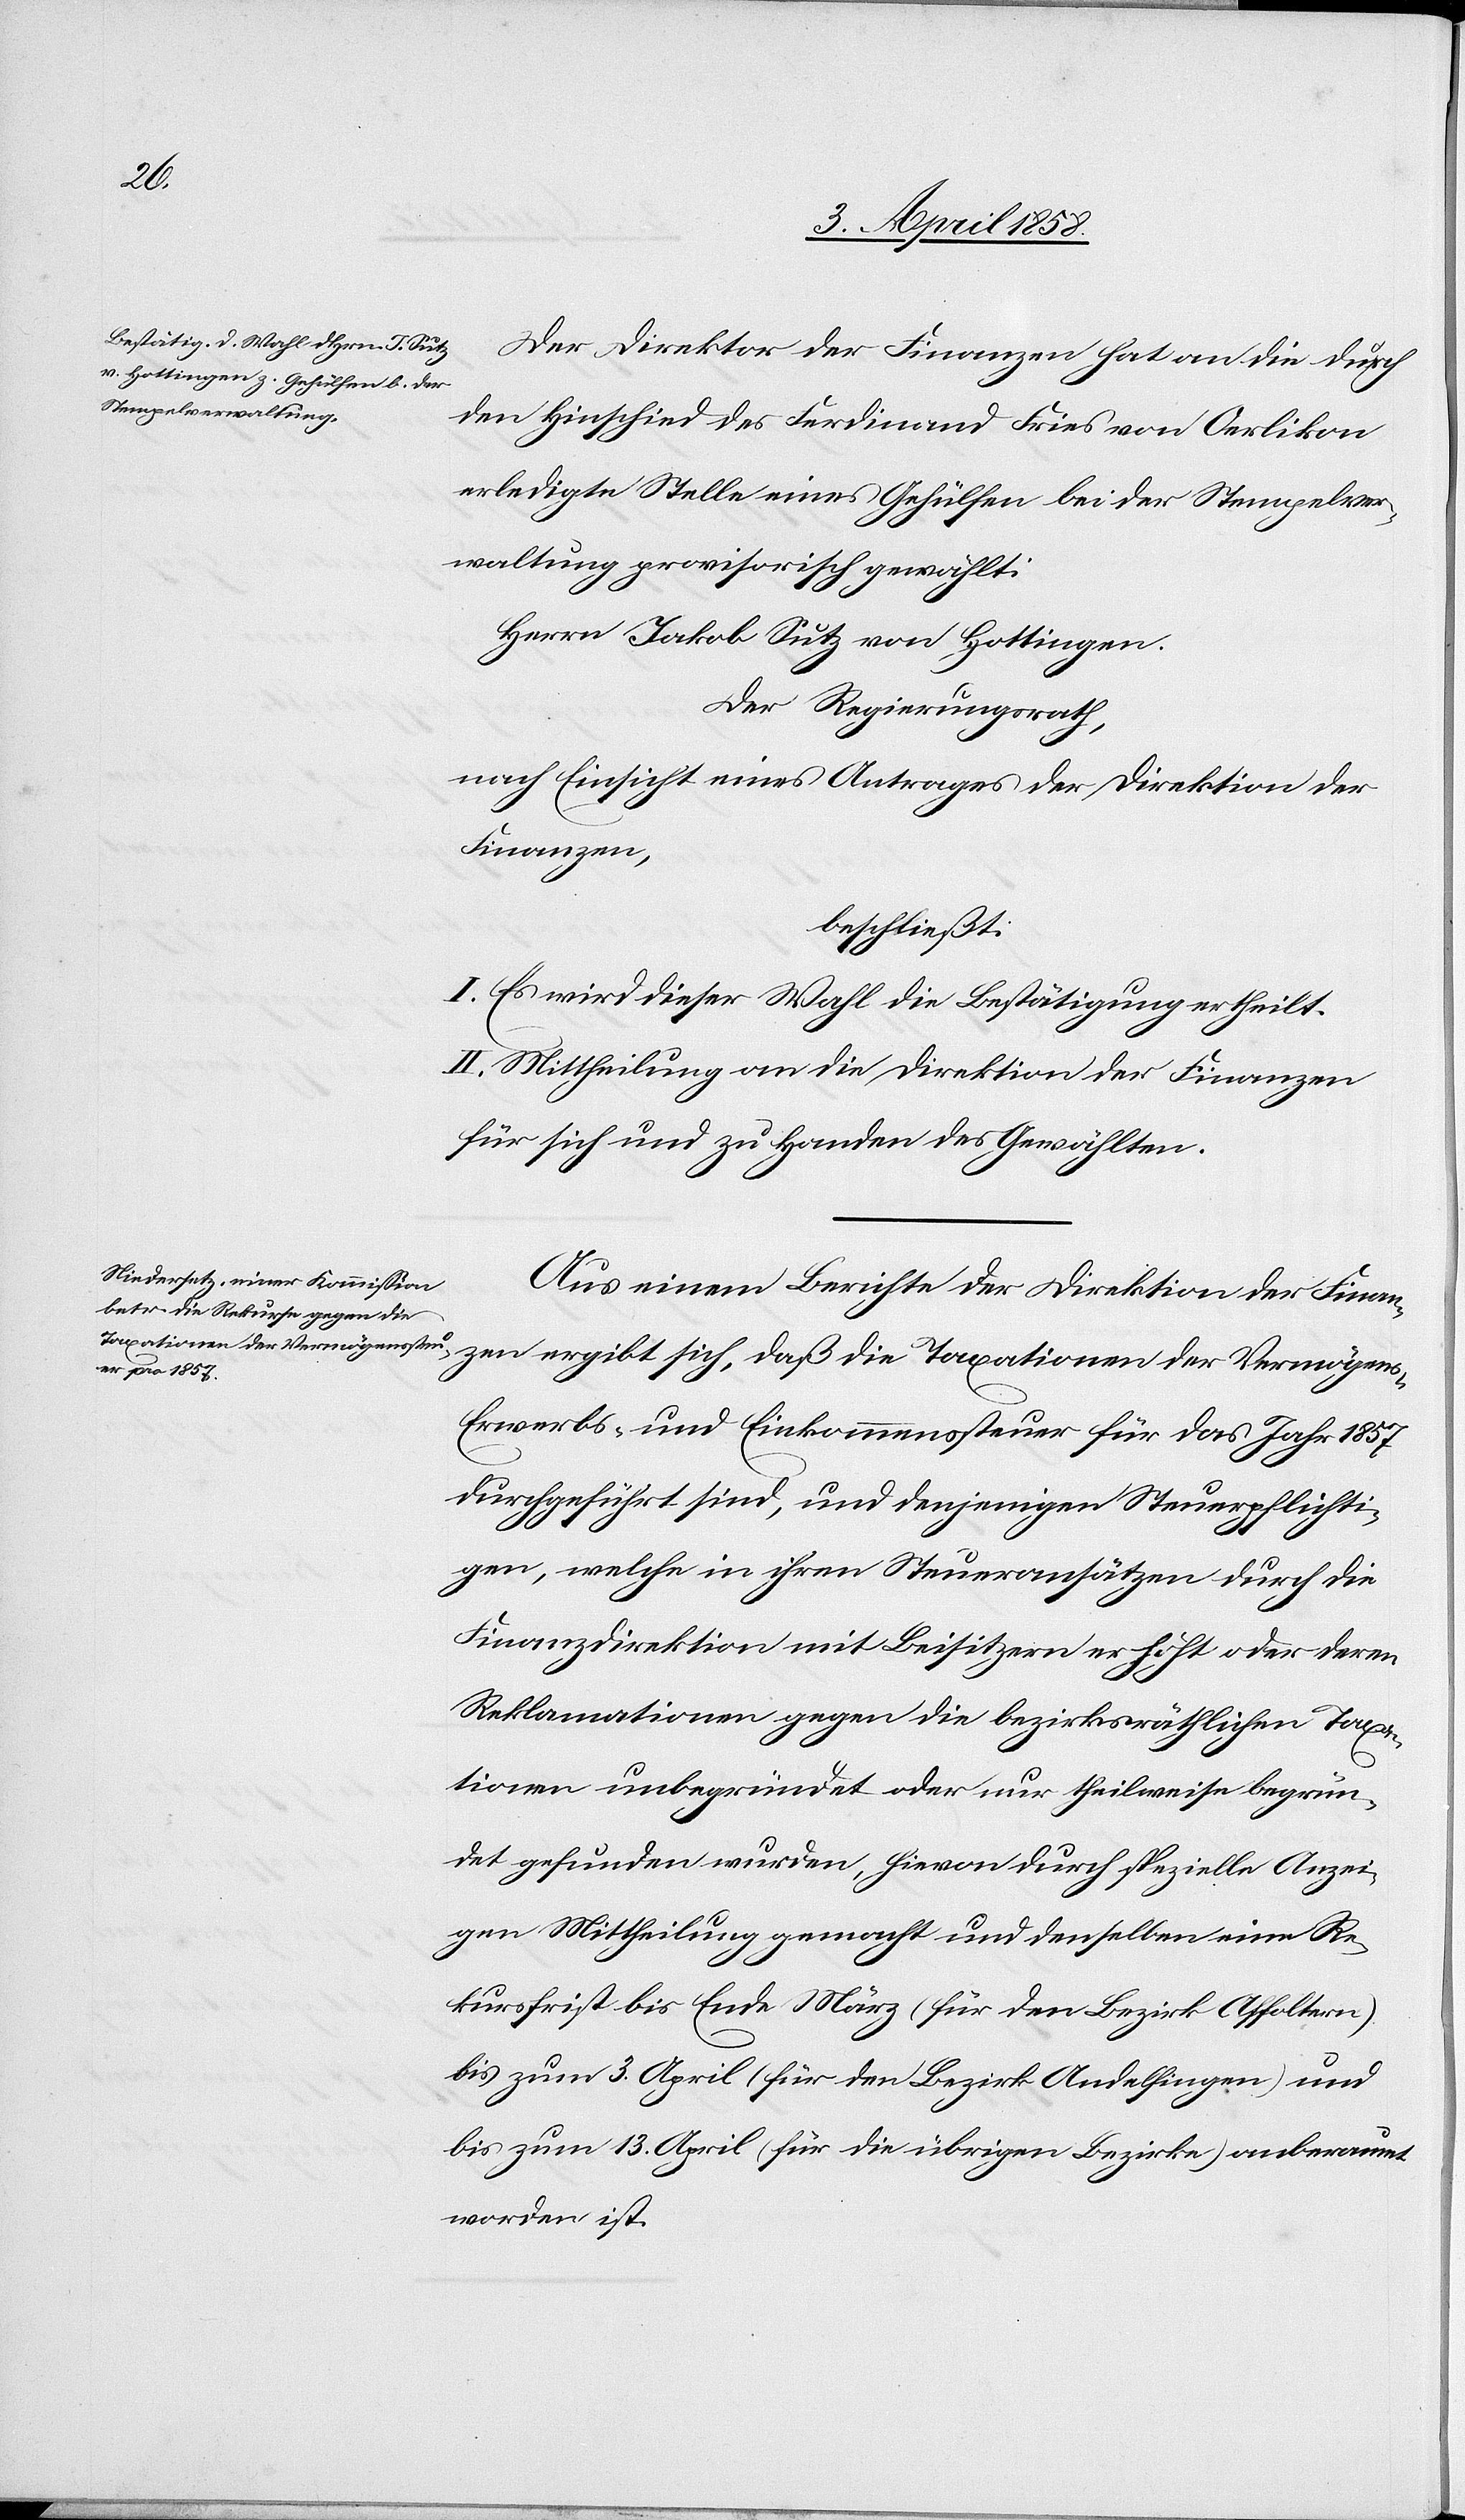
Der Direktor der Finanzen hat an die durch
den Hinschied des Ferdinand Fries von Oerlikon
erledigte Stelle eines Gehülfen bei der Stempelver¬
waltung provisorisch gewählt:
Herrn Jakob Sutz von Hottingen.
Der Regierungsrath,
nach Einsicht eines Antrages der Direktion der
Finanzen,
beschließt:
I. Es wird dieser Wahl die Bestätigung ertheilt.
II. Mittheilung an die Direktion der Finanzen
für sich und zu Handen des Gewählten.
Aus einem Berichte der Direktion der Finanz¬
ens-[,]
Erwerbs- und Einkommenssteuer für das Jahr 1857
durchgeführt sind, und denjenigen Steuerpflichti¬
gen, welche in ihren Steueransätzen durch die
Finanzdirektion mit Beisitzern erhöht oder deren
Reklamationen gegen die bezirksräthlichen Taxa¬
tionen unbegründet oder nur theilweise begrün¬
det gefunden wurden, hievon durch spezielle Anzei¬
gen Mittheilung gemacht und denselben eine Re¬
kursfrist bis Ende März (für den Bezirk Affoltern)
bis zum 3. April (für den Bezirk Andelfingen) und
bis zum 13. April (für die übrigen Bezirke) anberaumt
worden ist.